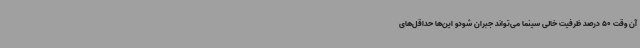
آن وقت 50 درصد ظرفیت خالی سینما می‌تواند جبران شودو این‌ها حداقل‌های